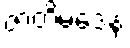
ဇာတိမဒေန